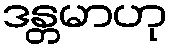
ဒန္တမာဟု